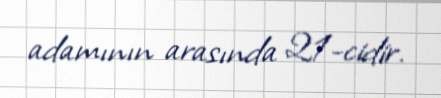
adamının arasında 21-cidir.